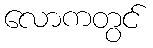
လောကတွင်